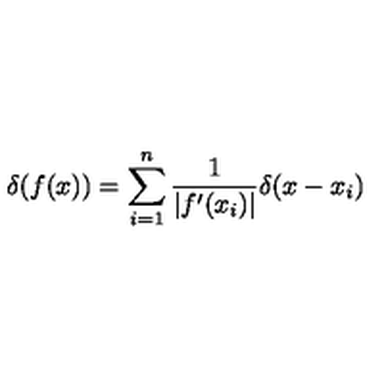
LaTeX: \delta ( f ( x ) ) = \sum _ { i = 1 } ^ { n } \frac { 1 } { | f ^ { \prime } ( x _ { i } ) | } \delta ( x - x _ { i } )